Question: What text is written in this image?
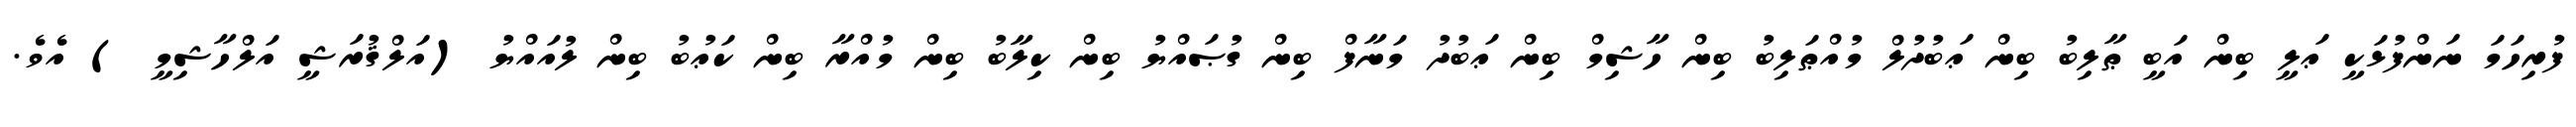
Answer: ފުރިހަމަ ނަންފުޅަކީ ޢަލީ ބިން އަބީ ޠާލިބު ބިން ޢަބުދުލް މުއްޠަލިބު ބިން ހާޝިމް ބިން ޢަބުދު މަނާފް ބިން ގުޞައްޔު ބިން ކިލާބު ބިން މުއްރާ ބިން ކަޢުބު ބިން ލުއައްޔު (އަލްޤުރަޝީ އަލްހާޝިމީ ) އެވެ.